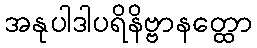
အနုပါဒါပရိနိဗ္ဗာနတ္ထော